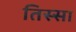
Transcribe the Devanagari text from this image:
तिस्सा